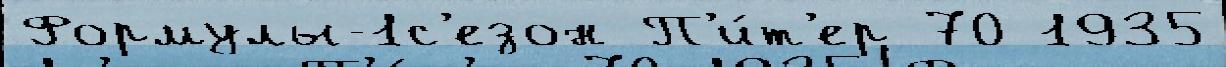
Формулы-1с'езон П'и́т'ер 70 1935